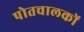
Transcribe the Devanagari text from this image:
पोतचालकों